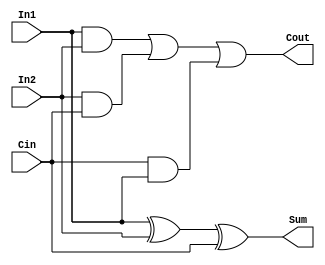
module full_adder(input In1, In2, Cin, output Sum, Cout);

  assign Sum = (In1 ^ In2) ^ Cin;

  assign Cout = (In1 & In2) | (In2 & Cin) | (Cin & In1);

endmodule